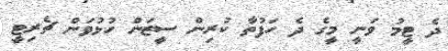
ދެ ޓީމު ވަނީ މީގެ ދެ ހަފުތާ ކުރިން ސީޒަން ހުޅުވަން ޗެރިޓީ